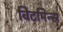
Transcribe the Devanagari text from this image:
विटमिन्स